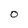
Character: O